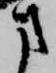
方